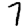
Digit: 7